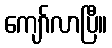
ကျော်လာပြီ။